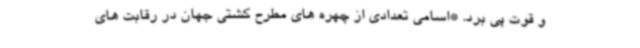
و قوت پی برد. *اسامی تعدادی از چهره های مطرح کشتی جهان در رقابت های